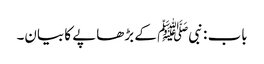
باب : نبیﷺ کے بڑھاپے کا بیان۔